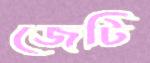
জেটি